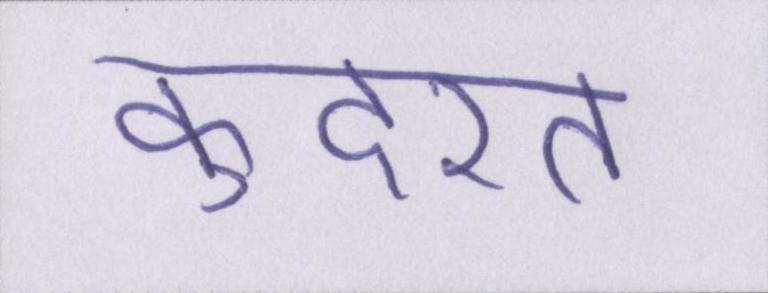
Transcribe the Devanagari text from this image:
कुदरत